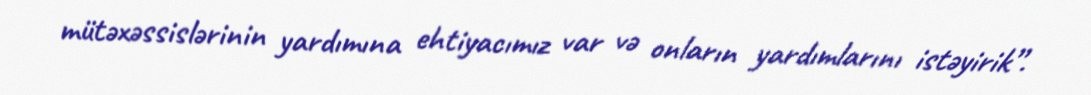
mütəxəssislərinin yardımına ehtiyacımız var və onların yardımlarını istəyirik”.